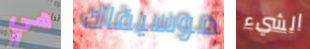
هي موسيقاك الشيء